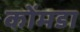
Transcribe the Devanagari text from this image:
कोंमडा